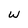
Character: w